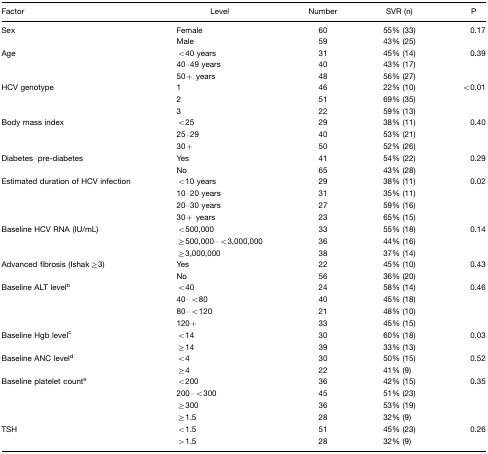
<table><thead><tr><td><b>Factor</b></td><td><b>Level</b></td><td><b>Number</b></td><td><b>SVR (n)</b></td><td><b>P</b></td></tr></thead><tbody><tr><td>Sex</td><td>Female</td><td>60</td><td>55% (33)</td><td>0.17</td></tr><tr><td></td><td>Male</td><td>59</td><td>43% (25)</td><td></td></tr><tr><td>Age</td><td>&lt;40 years</td><td>31</td><td>45% (14)</td><td>0.39</td></tr><tr><td></td><td>40–49 years</td><td>40</td><td>43% (17)</td><td></td></tr><tr><td></td><td>50+ years</td><td>48</td><td>56% (27)</td><td></td></tr><tr><td>HCV genotype</td><td>1</td><td>46</td><td>22% (10)</td><td>&lt;0.01</td></tr><tr><td></td><td>2</td><td>51</td><td>69% (35)</td><td></td></tr><tr><td></td><td>3</td><td>22</td><td>59% (13)</td><td></td></tr><tr><td>Body mass index</td><td>&lt;25</td><td>29</td><td>38% (11)</td><td>0.40</td></tr><tr><td></td><td>25–29</td><td>40</td><td>53% (21)</td><td></td></tr><tr><td></td><td>30+</td><td>50</td><td>52% (26)</td><td></td></tr><tr><td>Diabetes–pre-diabetes</td><td>Yes</td><td>41</td><td>54% (22)</td><td>0.29</td></tr><tr><td></td><td>No</td><td>65</td><td>43% (28)</td><td></td></tr><tr><td>Estimated duration of HCV infection</td><td>&lt;10 years</td><td>29</td><td>38% (11)</td><td>0.02</td></tr><tr><td></td><td>10–20 years</td><td>31</td><td>35% (11)</td><td></td></tr><tr><td></td><td>20–30 years</td><td>27</td><td>59% (16)</td><td></td></tr><tr><td></td><td>30+ years</td><td>23</td><td>65% (15)</td><td></td></tr><tr><td>Baseline HCV RNA (IU/mL)</td><td>&lt;500,000</td><td>33</td><td>55% (18)</td><td>0.14</td></tr><tr><td></td><td>≥500,000–&lt;3,000,000</td><td>36</td><td>44% (16)</td><td></td></tr><tr><td></td><td>≥3,000,000</td><td>38</td><td>37% (14)</td><td></td></tr><tr><td>Advanced fibrosis (Ishak≥3)</td><td>Yes</td><td>22</td><td>45% (10)</td><td>0.43</td></tr><tr><td></td><td>No</td><td>56</td><td>36% (20)</td><td></td></tr><tr><td>Baseline ALT levelb</td><td>&lt;40</td><td>24</td><td>58% (14)</td><td>0.46</td></tr><tr><td></td><td>40–&lt;80</td><td>40</td><td>45% (18)</td><td></td></tr><tr><td></td><td>80–&lt;120</td><td>21</td><td>48% (10)</td><td></td></tr><tr><td></td><td>120+</td><td>33</td><td>45% (15)</td><td></td></tr><tr><td>Baseline Hgb levelc</td><td>&lt;14</td><td>30</td><td>60% (18)</td><td>0.03</td></tr><tr><td></td><td>≥14</td><td>39</td><td>33% (13)</td><td></td></tr><tr><td>Baseline ANC leveld</td><td>&lt;4</td><td>30</td><td>50% (15)</td><td>0.52</td></tr><tr><td></td><td>≥4</td><td>22</td><td>41% (9)</td><td></td></tr><tr><td>Baseline platelet counte</td><td>&lt;200</td><td>36</td><td>42% (15)</td><td>0.35</td></tr><tr><td></td><td>200–&lt;300</td><td>45</td><td>51% (23)</td><td></td></tr><tr><td></td><td>≥300</td><td>36</td><td>53% (19)</td><td></td></tr><tr><td></td><td>≥1.5</td><td>28</td><td>32% (9)</td><td></td></tr><tr><td>TSH</td><td>&lt;1.5</td><td>51</td><td>45% (23)</td><td>0.26</td></tr><tr><td></td><td>&gt;1.5</td><td>28</td><td>32% (9)</td><td></td></tr></tbody></table>